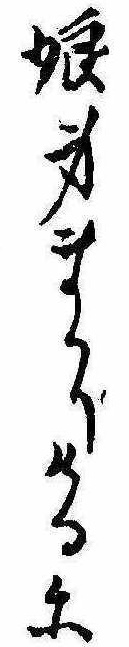
娘身まかりけるに